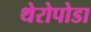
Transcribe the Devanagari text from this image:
थेरोपोडा